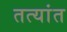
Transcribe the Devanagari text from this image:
तत्यांत